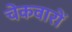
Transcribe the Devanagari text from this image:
चेकवारों